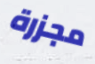
مجزرة